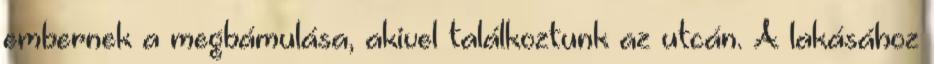
embernek a megbámulása, akivel találkoztunk az utcán. A lakásához